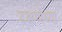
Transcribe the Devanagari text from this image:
दक्षणेच्या